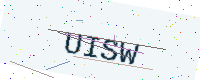
Text: UISW